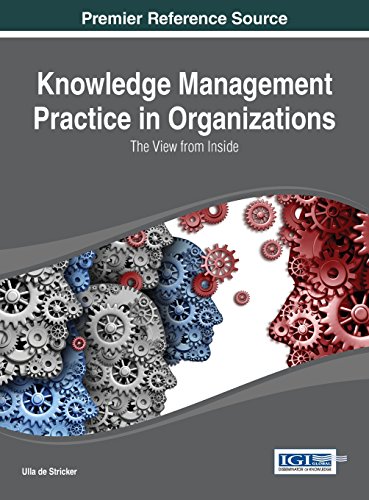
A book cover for Knowledge Management Practice in Organizations: The View from the Inside (Advances in Knowledge Acquisition, Transfer, and Management); Business & Money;